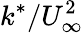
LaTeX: k^{*}/U_{\infty}^{2}